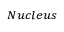
_ { N u c l e u s }